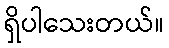
ရှိပါသေးတယ်။